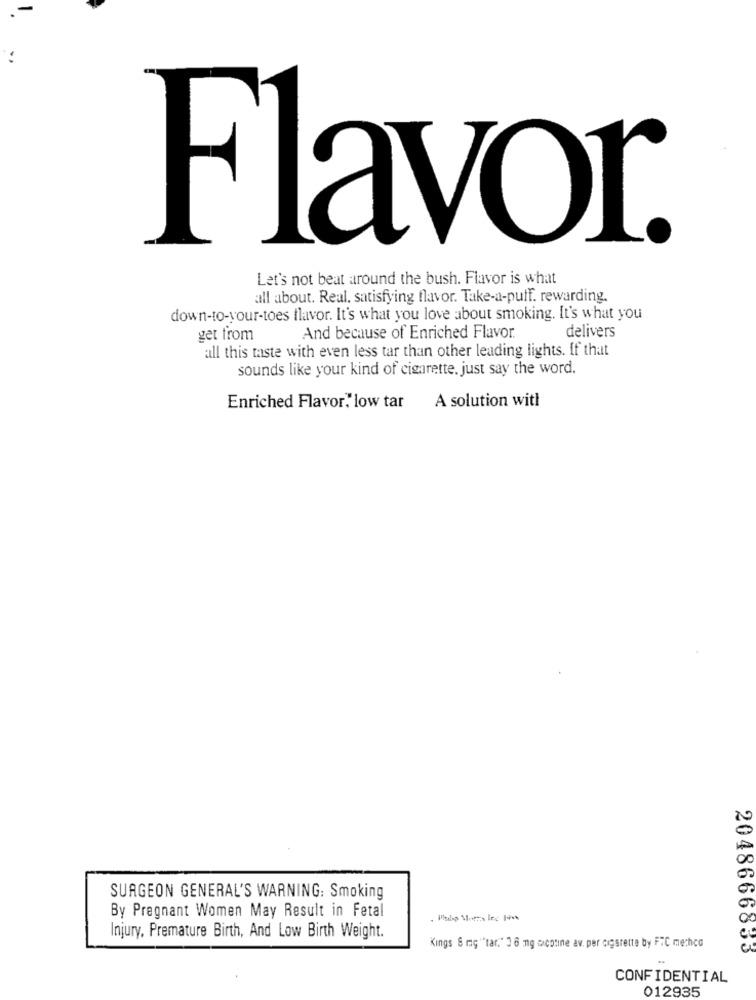
Flavor.
Let's not beat around the bush. Flavor is what
all about. Real. satisfying flavor. Take-a-puff. rewarding.
down-to-your-toes flavor. It's what you love about smoking. It's what you
get from
And because of Enriched Flavor.
delivers
all this taste with even less tar than other leading lights. If that
sounds like your kind of cigarette. just say the word.
A solution with
Enriched Flavor,' low tar
SURGEON GENERAL'S WARNING: Smoking
By Pregnant Women May Result in Fetal
Injury, Premature Birth, And Low Birth Weight.
Kings 8 mg "tar." 3 6 mg cicotine av. per cigarette by FTC mechco
2048666833
CONFIDENTIAL
012935